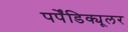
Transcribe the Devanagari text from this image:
पर्पेंडिक्यूलर